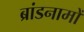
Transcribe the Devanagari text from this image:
ब्रांडनामों